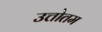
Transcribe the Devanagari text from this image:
उत्तोतम